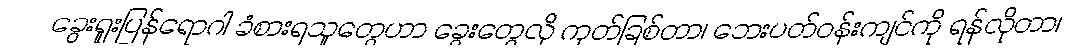
ခွေးရူးပြန်ရောဂါ ခံစားရသူတွေဟာ ခွေးတွေလို ကုတ်ခြစ်တာ၊ ဘေးပတ်ဝန်းကျင်ကို ရန်လိုတာ၊